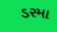
ડરમા